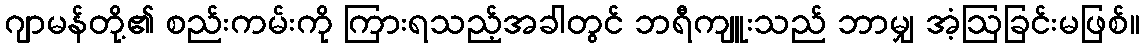
ဂျာမန်တို့၏ စည်းကမ်းကို ကြားရသည့်အခါတွင် ဘရီကျူးသည် ဘာမျှ အံ့ဩခြင်းမဖြစ်။